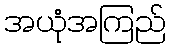
အယုံအကြည်